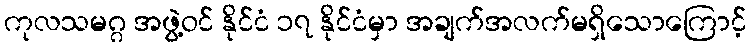
ကုလသမဂ္ဂ အဖွဲ့ဝင် နိုင်ငံ ၁၇ နိုင်ငံမှာ အချက်အလက်မရှိသောကြောင့်